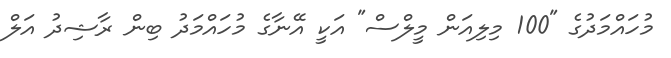
މުހައްމަދުގެ "100 މިލިއަން މީލްސް" އަކީ އޭނާގެ މުހައްމަދު ބިން ރާޝިދު އަލް